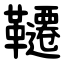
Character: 韆